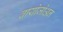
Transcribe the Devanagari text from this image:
ब्रायोजोअन